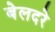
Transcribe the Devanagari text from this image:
बेलदरे